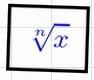
\sqrt[n]{x}